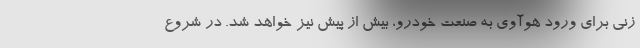
زنی برای ورود هوآوی به صنعت خودرو، بیش از پیش نیز خواهد شد. در شروع